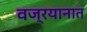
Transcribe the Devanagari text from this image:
वज्रयानात